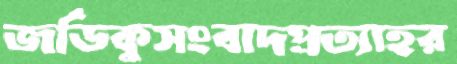
জর্ডিকুসংবাদপ্রত্যাহর